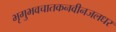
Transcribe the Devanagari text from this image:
भृगुभवचातकनवीनजलधर